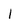
Character: 1